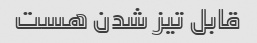
قابل تیز شدن هست